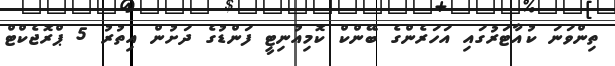
ތިންވަނަ ކުއާޓަރުގައި އަހަރެންގެ ބޭންކް ކޮމިއުނިޓީ ފަންޑުގެ ދަށުން އިތުރު 5 ޕްރޮޖެކްޓް